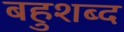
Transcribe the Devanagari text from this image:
बहुशब्द